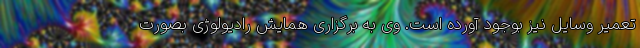
تعمیر وسایل نیز بوجود آورده است. وی به برگزاری همایش رادیولوژی بصورت